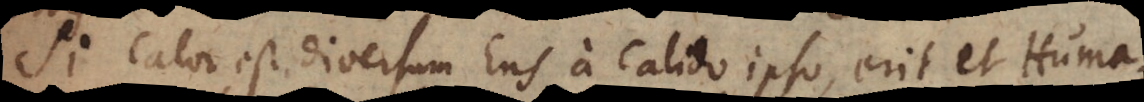
Si calor est diversum Ens a calido ipso, erit et Huma